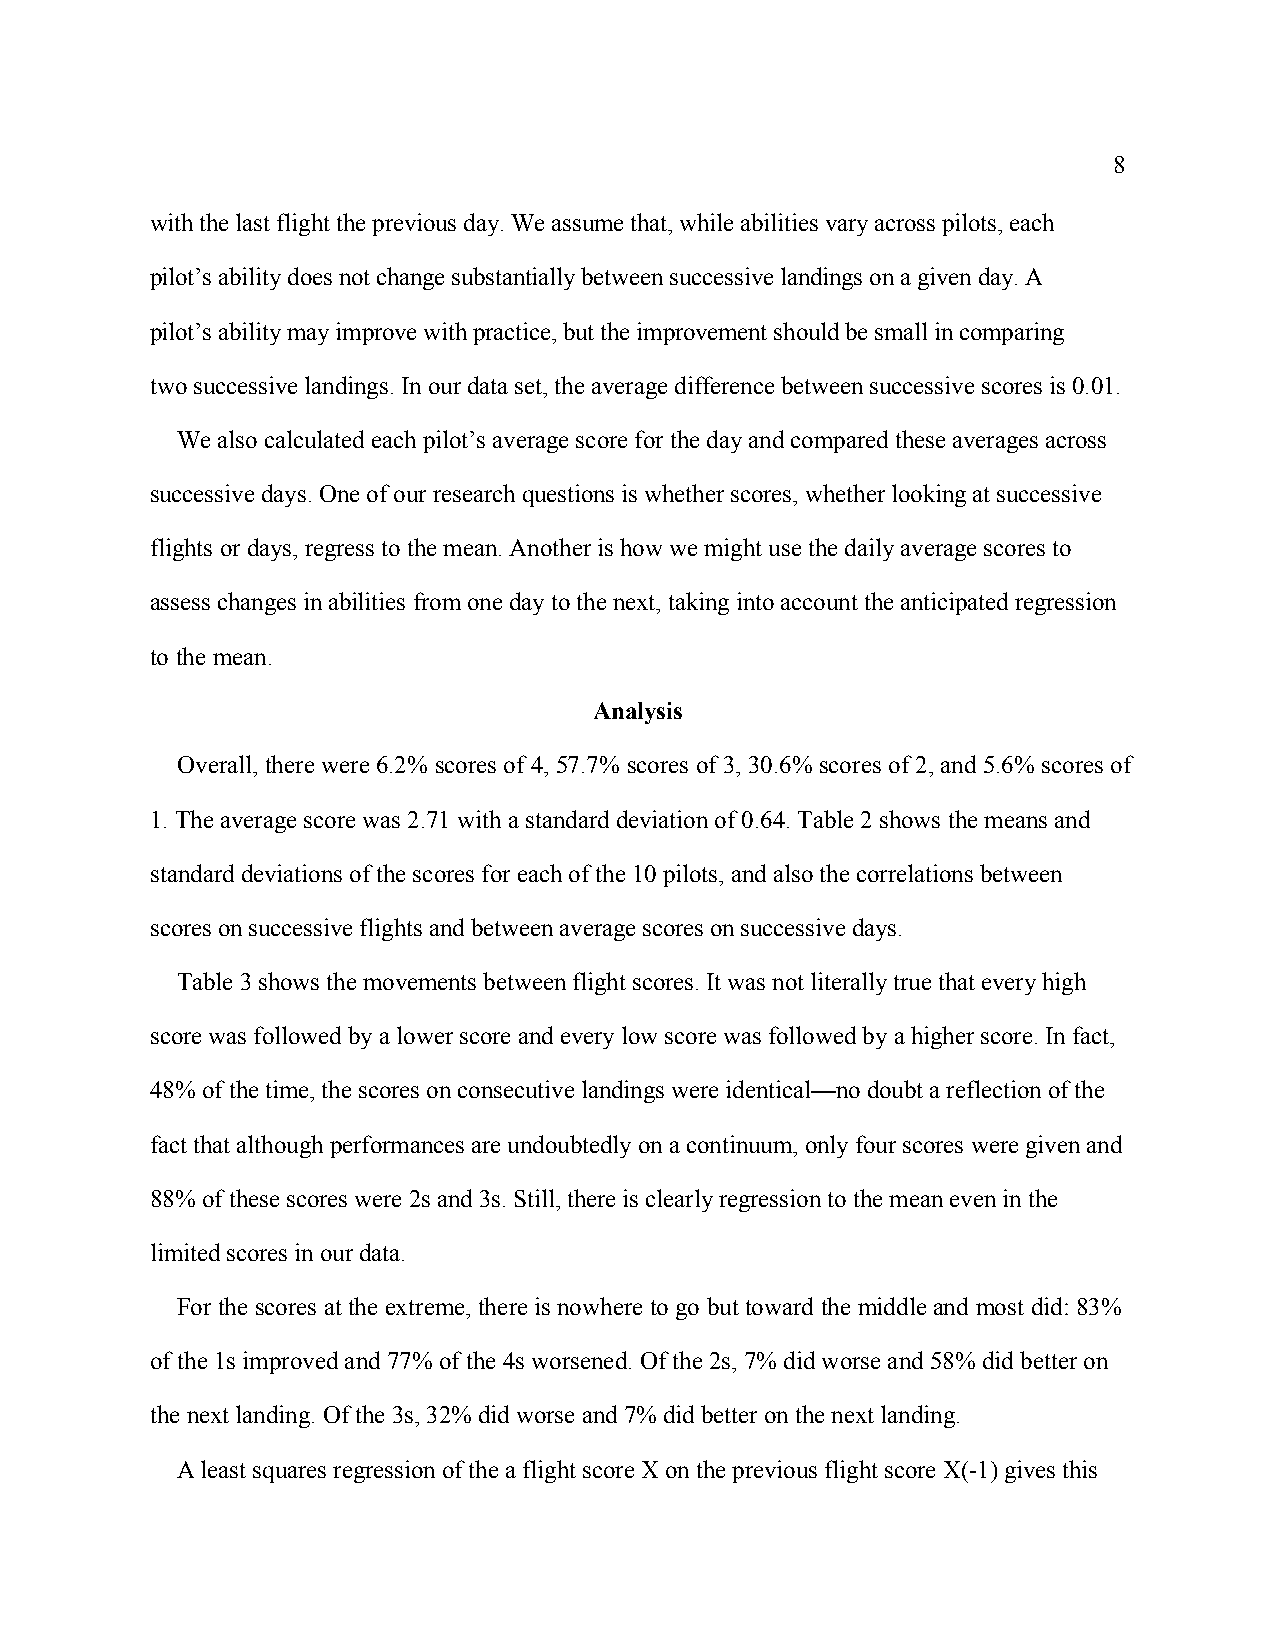
8
 with the last flight the previous day. We assume that, while abilities vary across pilots, each
 pilot’s ability does not change substantially between successive landings on a given day. A
 pilot’s ability may improve with practice, but the improvement should be small in comparing
 two successive landings. In our data set, the average difference between successive scores is 0.01.
 We also calculated each pilot’s average score for the day and compared these averages across
 successive days. One of our research questions is whether scores, whether looking at successive
 flights or days, regress to the mean. Another is how we might use the daily average scores to
 assess changes in abilities from one day to the next, taking into account the anticipated regression
 to the mean.
 Analysis
 Overall, there were 6.2% scores of 4, 57.7% scores of 3, 30.6% scores of 2, and 5.6% scores of
 1. The average score was 2.71 with a standard deviation of 0.64. Table 2 shows the means and
 standard deviations of the scores for each of the 10 pilots, and also the correlations between
 scores on successive flights and between average scores on successive days.
 Table 3 shows the movements between flight scores. It was not literally true that every high
 score was followed by a lower score and every low score was followed by a higher score. In fact,
 48% of the time, the scores on consecutive landings were identical—no doubt a reflection of the
 fact that although performances are undoubtedly on a continuum, only four scores were given and
 88% of these scores were 2s and 3s. Still, there is clearly regression to the mean even in the
 limited scores in our data.
 For the scores at the extreme, there is nowhere to go but toward the middle and most did: 83%
 of the 1s improved and 77% of the 4s worsened. Of the 2s, 7% did worse and 58% did better on
 the next landing. Of the 3s, 32% did worse and 7% did better on the next landing.
 A least squares regression of the a flight score X on the previous flight score X(-1) gives this